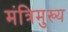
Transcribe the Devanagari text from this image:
मंत्रिमुख्य